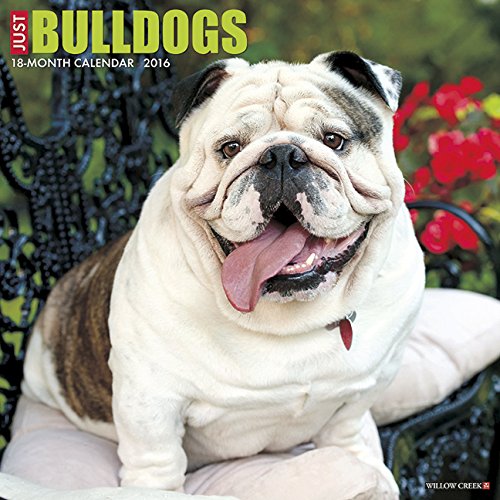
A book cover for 2016 Just Bulldogs Wall Calendar; Willow Creek Press; Calendars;